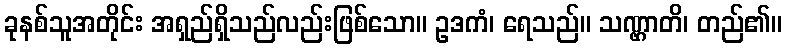
ခုနစ်သူအတိုင်း အရှည်ရှိသည်လည်းဖြစ်သော။ ဥဒကံ၊ ရေသည်။ သဏ္ဌာတိ၊ တည်၏။